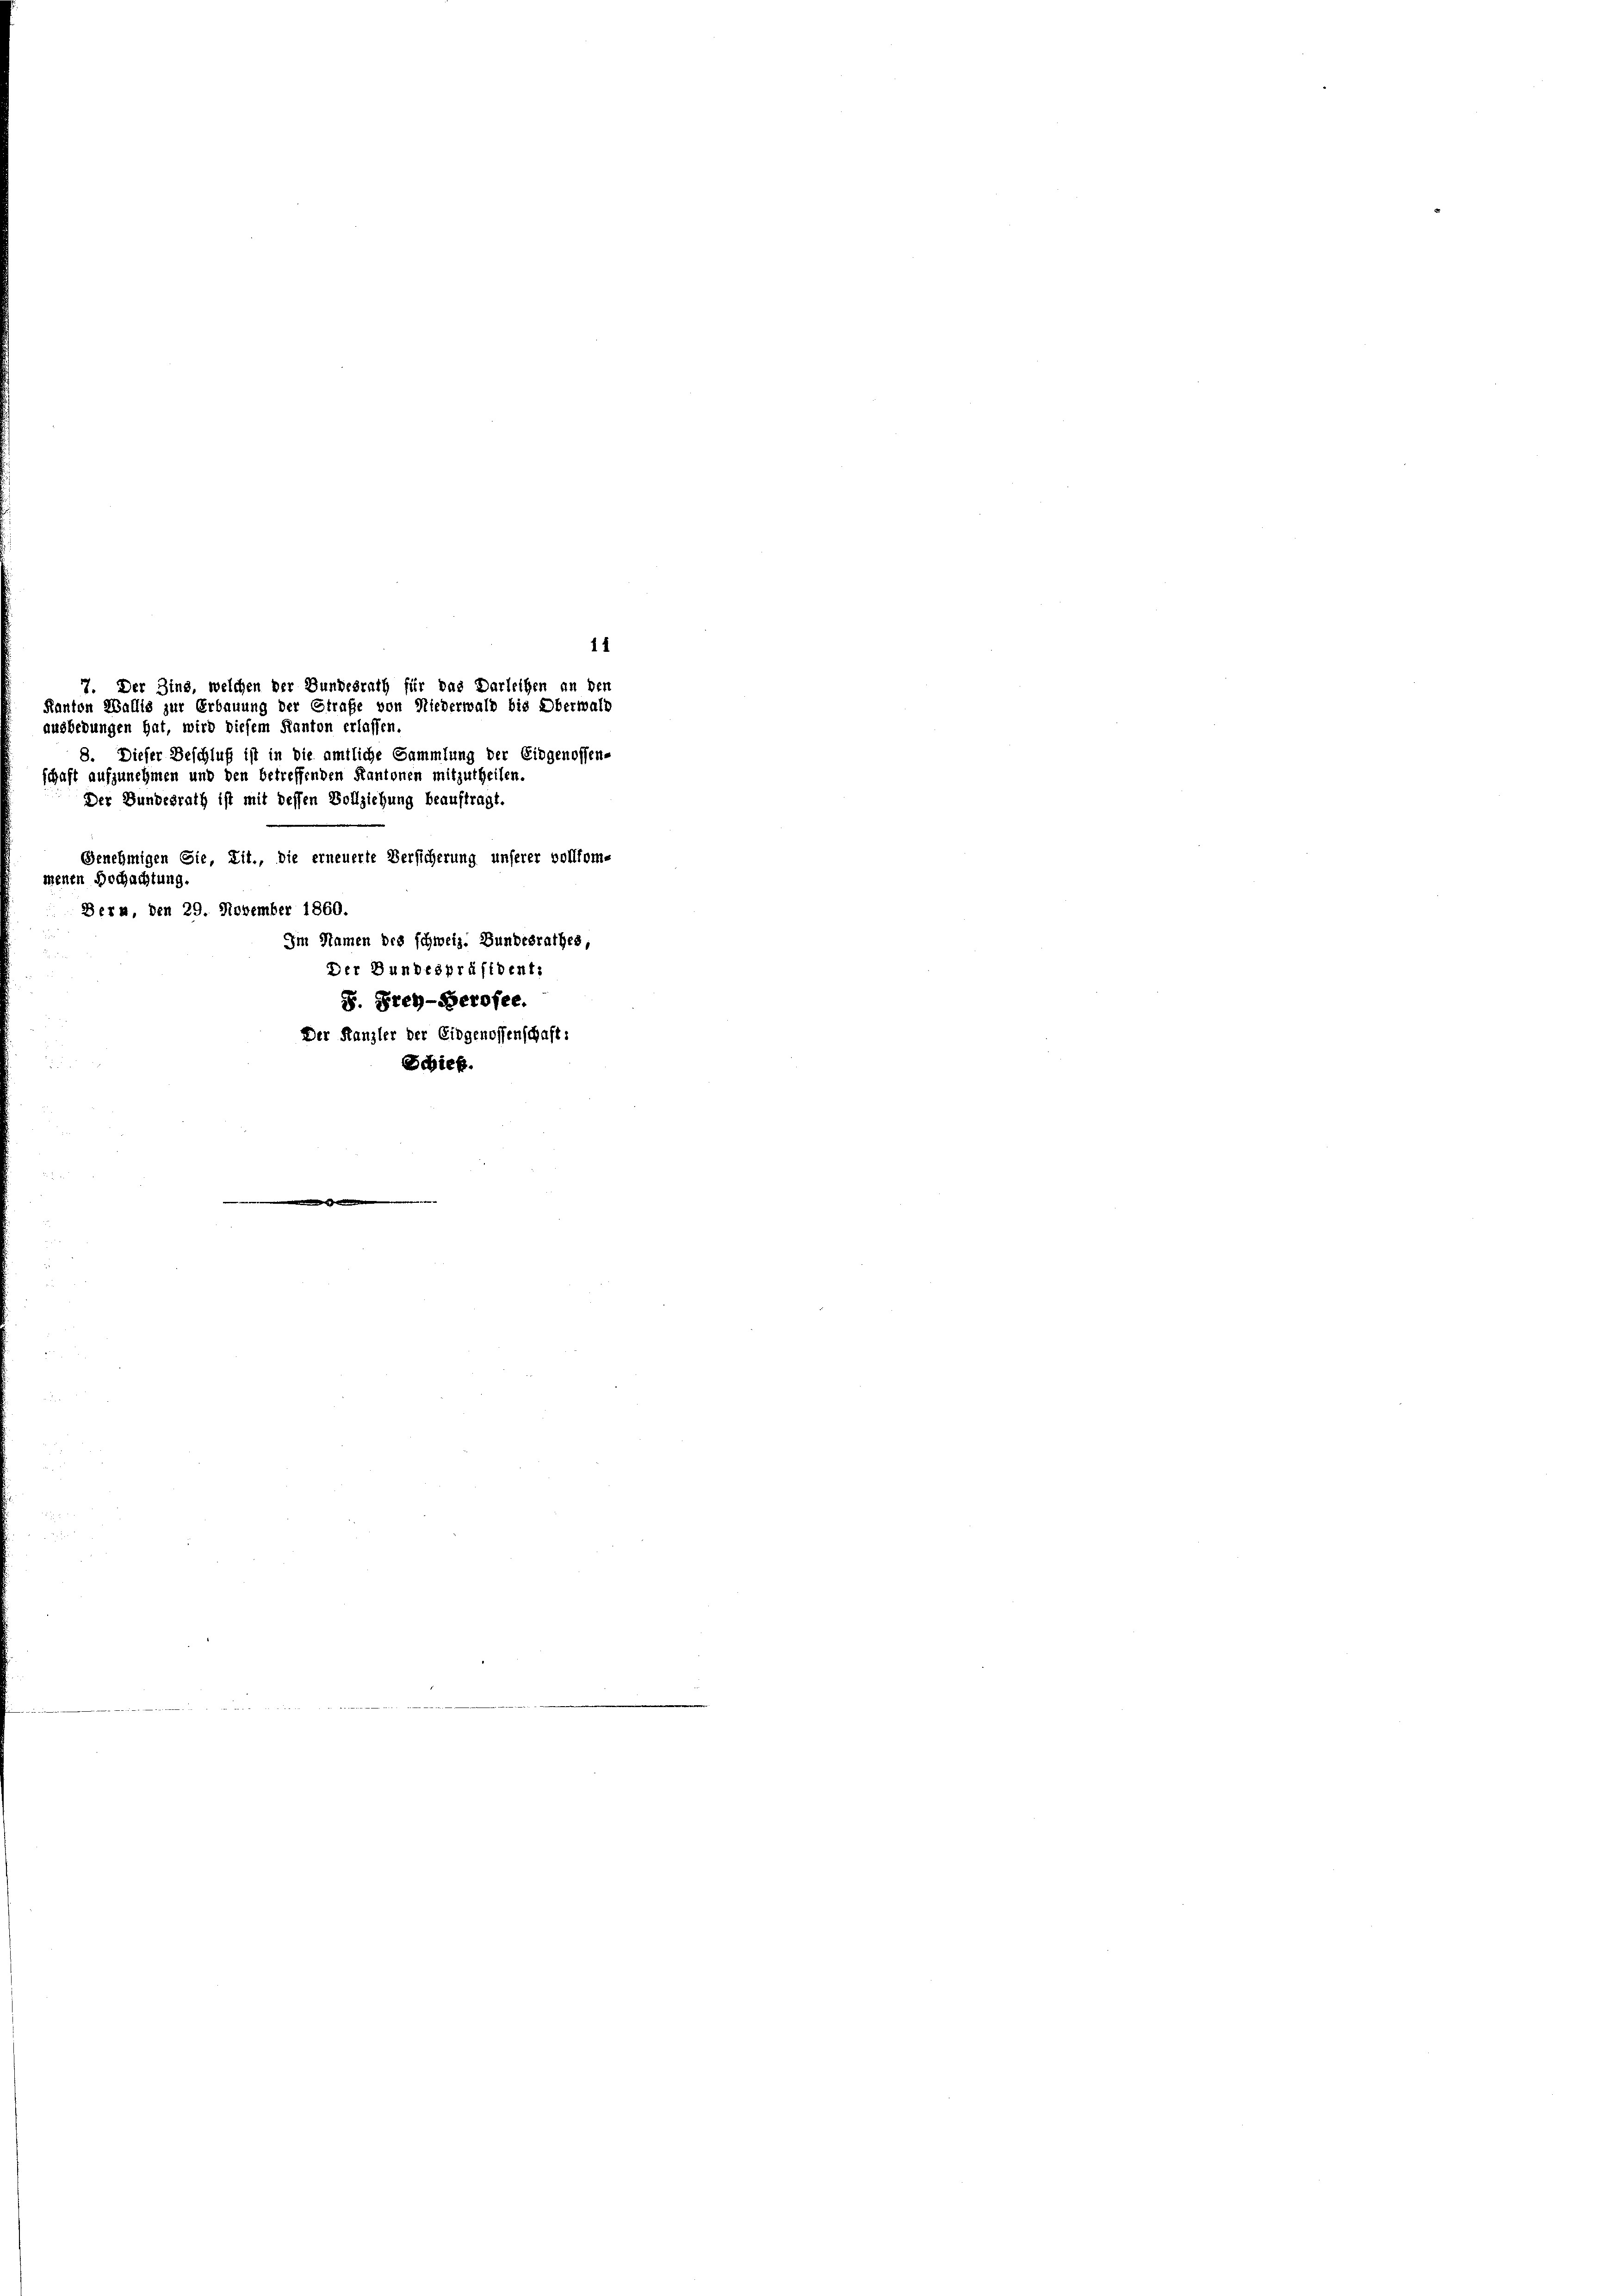
7. Der Zins, welchen der Bundesrath für das Darleihen an den
Kanton Wallis zur Erbauung der Strafe von Niederwald bis Oberwalt
ausbedungen hat, wird diesem Kanton erlassen.

11
8. Dieser Beschluß ist in die amtliche Sammlung der Eidgenossen-
schaft aufzunehmen und den betreffenden Kantonen mitzutheilen.
Der Bundesrath ist mit dessen Vollziehung beauftragt.
Genehmigen Sie, Lit., die erneuerte Versicherung unserer vollkom-
menen Dochachtung.
Bern, den 29. November 1860.
Im Namen des schweiz. Bundesrathes,
Der Bundespräsident,
S. Frey-Gerosee.
Der Kanzler der Eidgenossenschaft:
Bebiet.